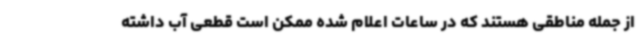
از جمله مناطقی هستند که در ساعات اعلام شده ممکن است قطعی آب داشته